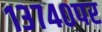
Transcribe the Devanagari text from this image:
१३७४०पर